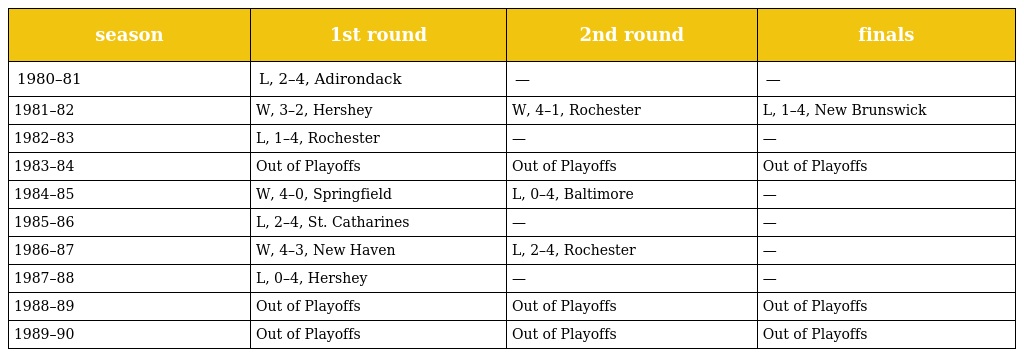
| season | 1st round | 2nd round | finals |
 | --- | --- | --- | --- |
 | 1980–81 | L, 2–4, Adirondack | — | — |
 | 1981–82 | W, 3–2, Hershey | W, 4–1, Rochester | L, 1–4, New Brunswick |
 | 1982–83 | L, 1–4, Rochester | — | — |
 | 1983–84 | Out of Playoffs | Out of Playoffs | Out of Playoffs |
 | 1984–85 | W, 4–0, Springfield | L, 0–4, Baltimore | — |
 | 1985–86 | L, 2–4, St. Catharines | — | — |
 | 1986–87 | W, 4–3, New Haven | L, 2–4, Rochester | — |
 | 1987–88 | L, 0–4, Hershey | — | — |
 | 1988–89 | Out of Playoffs | Out of Playoffs | Out of Playoffs |
 | 1989–90 | Out of Playoffs | Out of Playoffs | Out of Playoffs |